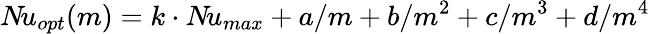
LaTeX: N\! u_{opt}(m)=k\cdot N\! u_{max}+a/m+b/m^{2}+c/m^{3}+d/m^{4}